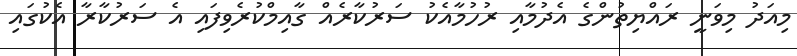
މިއަދު މިވަނީ ރައްޔިތުންގެ އެދުމާއި ރުހުމާއެކު ސަރުކާރެއް ގާއިމްކުރެވިފައި އެ ސަރުކާރާ އެކުގައި